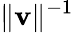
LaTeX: \lVert\boldsymbol{\mathbf{v}}\rVert^{-1}